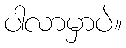
ပါလာမှာပဲ။